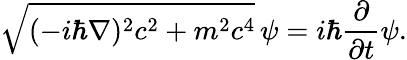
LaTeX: {\sqrt{(-i\hbar\mathbf{\nabla})^{2}c^{2}+m^{2}c^{4}}}\, \psi=i\hbar{\frac{\partial}{\partial t}}\psi.